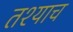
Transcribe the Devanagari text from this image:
तश्याच